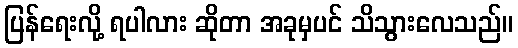
ပြန်ရေးလို့ ရပါလား ဆိုတာ အခုမှပင် သိသွားလေသည်။